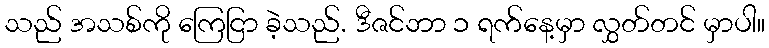
သည် အသစ်ကို ကြေငြာ ခဲ့သည်. ဒီဇင်ဘာ ၁ ရက်နေ့မှာ လွှတ်တင် မှာပါ။